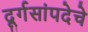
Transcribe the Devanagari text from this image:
दूर्गसांपदेचे